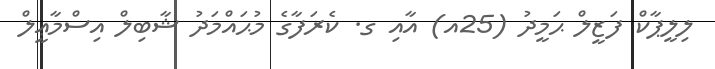
ލިލީޕާކް ފަޒީލް ޙަމީދު (25އ) އާއި ގ. ކެރަފާގެ މުޙައްމަދު ޝާބިލް އިސްމާޢީލް